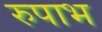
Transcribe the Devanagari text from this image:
रुपाभ